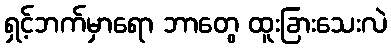
ရှင့်ဘက်မှာရော ဘာတွေ ထူးခြားသေးလဲ